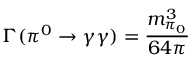
\Gamma ( \pi ^ { 0 } \rightarrow \gamma \gamma ) = \frac { m _ { \pi _ { 0 } } ^ { 3 } } { 6 4 \pi }